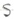
Text: S